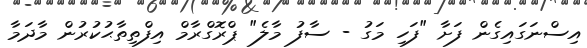
އިސްނަގައިގެން ފަށާ "ފަހި މަގު - ސާފު މާލެ" ޕްރޮގްރާމް އިފްތިތާޙުކުރުން މާދަމާ